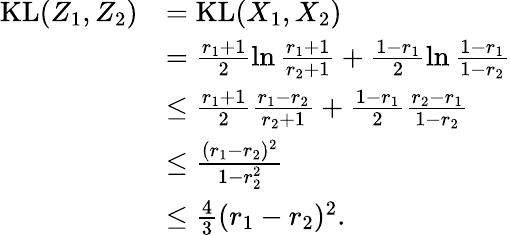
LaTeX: \begin{array}{rl}{\mathrm{KL}(Z_{1},Z_{2})}&{=\mathrm{KL}(X_{1},X_{2})}\\ &{=\frac{r_{1}+1}{2}\ln\frac{r_{1}+1}{r_{2}+1}+\frac{1-r_{1}}{2}\ln\frac{1-r_{1}}{1-r_{2}}}\\ &{\leq\frac{r_{1}+1}{2}\frac{r_{1}-r_{2}}{r_{2}+1}+\frac{1-r_{1}}{2}\frac{r_{2}-r_{1}}{1-r_{2}}}\\ &{\leq\frac{(r_{1}-r_{2})^{2}}{1-r_{2}^{2}}}\\ &{\leq\frac 43(r_{1}-r_{2})^{2}.}\end{array}